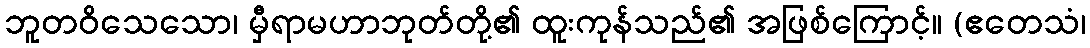
ဘူတဝိသေသော၊ မှီရာမဟာဘုတ်တို့၏ ထူးကုန်သည်၏ အဖြစ်ကြောင့်။ (ဧတေသံ၊